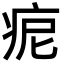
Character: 痆